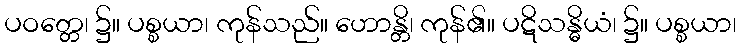
ပဝတ္တေ၊ ၌။ ပစ္စယာ၊ ကုန်သည်။ ဟောန္တိ၊ ကုန်၏။ ပဋိသန္ဓိယံ၊ ၌။ ပစ္စယာ၊